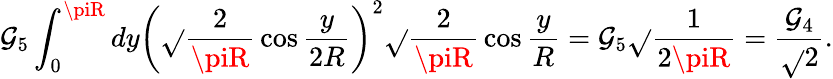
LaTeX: \mathcal{G}_{5}\int_{0}^{\piR}dy\left(\sqrt{}{{\frac{{2}}{{\piR}}}}\cos\frac{{y}}{{2R}}\right)^{2}\sqrt{}{{\frac{{2}}{{\piR}}}}\cos\frac{{y}}{{R}}=\mathcal{G}_{5}\sqrt{}{{\frac{{1}}{{2\piR}}}}=\frac{{\mathcal{G}_{4}}}{{\sqrt{}{{2}}}}.